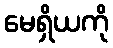
မေရှိယကို